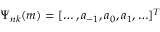
\Psi _ { n k } ( m ) = [ \ldots , a _ { - 1 } , a _ { 0 } , a _ { 1 } , \ldots ] ^ { T }